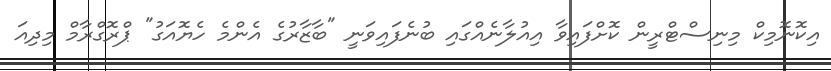
އިކޮނޮމިކް މިނިސްޓްރީން ކޮށްފައިވާ އިއުލާނެއްގައި ބުނެފައިވަނީ "ބާޒާރުގެ އެންމެ ހެޔޮއަގު" ޕްރޮގްރާމް މިދިއަ